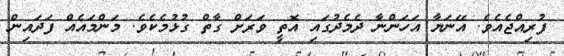
ފުރިއްޖެއެވެ. އޭނަޔާ އަހަންނާ ދެމެދުގައި އޮތީ ވަރަށް ގާތް ގުޅުމެކެވެ. މަންމައެއް ފަދައިން